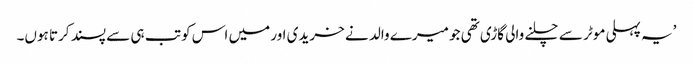
’یہ پہلی موٹر سے چلنے والی گاڑی تھی جو میرے والد نے خریدی اور میں اس کو تب ہی سے پسند کرتا ہوں۔